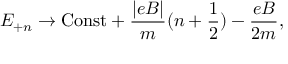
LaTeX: E _ { + n } \rightarrow { \mathrm { C o n s t } } + \frac { | e B | } { m } ( n + { \frac { 1 } { 2 } } ) - \frac { e B } { 2 m } ,